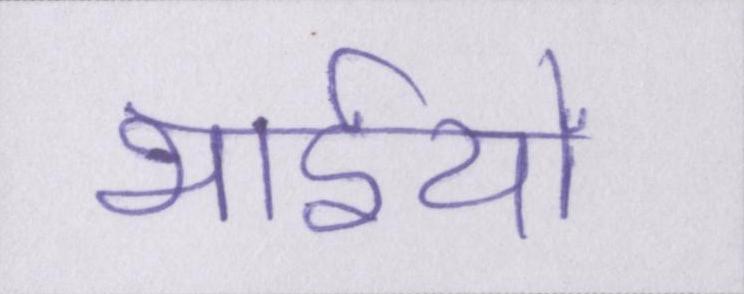
भाईयों